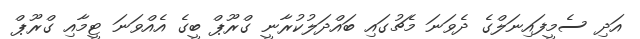
އަދި ސެމީފައިނަލްގެ ދެވަނަ މެޗުގައި ބައްދަލުކުރާނީ ގްރޫޕް ބީގެ އެއްވަނަ ޓީމާއި ގްރޫޕް